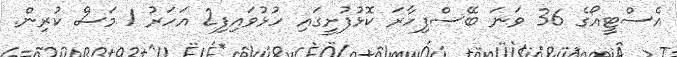
އެސްޓީއޯގެ 36 ވަނަ ބޭސްފިހާރަ ކޮޅުފުށީގައި ހުޅުވައިފި2 އަހަރު 1 މަސް ކުރިން.